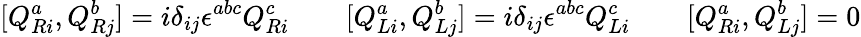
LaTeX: [Q_{Ri}^{a},Q_{Rj}^{b}]=i\delta_{ij}\epsilon^{abc}Q_{Ri}^{c}\qquad[Q_{Li}^{a},Q_{Lj}^{b}]=i\delta_{ij}\epsilon^{abc}Q_{Li}^{c}\qquad[Q_{Ri}^{a},Q_{Lj}^{b}]=0